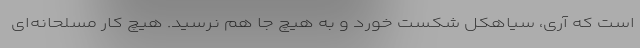
است که آری، سیاهکل شکست خورد و به هیچ جا هم نرسید. هیچ کار مسلحانه‌ای